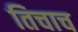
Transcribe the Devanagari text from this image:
तिचाच